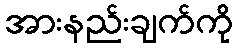
အားနည်းချက်ကို